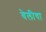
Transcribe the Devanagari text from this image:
वेलीचा